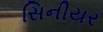
સિનીયર